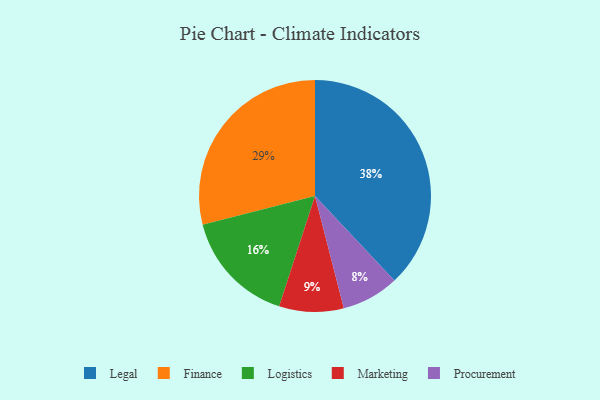
{"axis": {"x": "Category", "y": "Percentage"}, "legend": ["Finance", "Legal", "Logistics", "Marketing", "Procurement"], "data": [{"x": "Marketing", "y": 9, "type": "Marketing"}, {"x": "Legal", "y": 38, "type": "Legal"}, {"x": "Finance", "y": 29, "type": "Finance"}, {"x": "Procurement", "y": 8, "type": "Procurement"}, {"x": "Logistics", "y": 16, "type": "Logistics"}]}